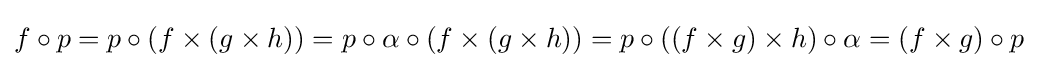
f\circ p=p\circ (f\times (g\times h))=p\circ \alpha \circ (f\times (g\times h))=p\circ ((f\times g)\times h)\circ \alpha =(f\times g)\circ p